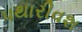
પથારીવશ